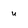
Character: u